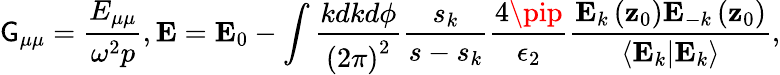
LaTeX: \mathsf{G}_{\mu\mu}=\frac{{E_{\mu\mu}}}{{\omega^{2}p}},\mathbf{{E}}=\mathbf{{E}}_{0}-\int\frac{{kdkd\phi}}{{\left(2\pi\right)^{2}}}\frac{{s_{k}}}{{s-s_{k}}}\frac{{4\pip}}{{\epsilon_{2}}}\frac{{\mathbf{{E}}_{k}\left(\mathbf{{z}}_{0}\right)\mathbf{{E}}_{-k}\left(\mathbf{{z}}_{0}\right)}}{{\left\langle\mathbf{{E}}_{k}|\mathbf{{E}}_{k}\right\rangle}},